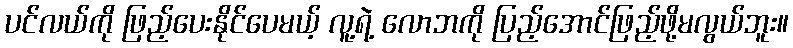
ပင်လယ်ကို ဖြည့်ပေးနိုင်ပေမယ့် လူ့ရဲ့ လောဘကို ပြည့်အောင်ဖြည့်ဖို့မလွယ်ဘူး။